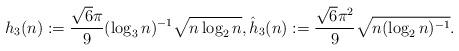
LaTeX: \begin{align*}h_3(n):=\frac{\sqrt{6}\pi}{9} (\log_3 n)^{-1} \sqrt{n \log_2 n}, \hat{h}_3(n):= \frac{\sqrt{6} \pi^2}{9} \sqrt{ n (\log_2 n)^{-1}} .\end{align*}